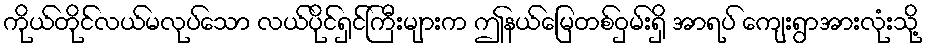
ကိုယ်တိုင်လယ်မလုပ်သော လယ်ပိုင်ရှင်ကြီးများက ဤနယ်မြေတစ်ဝှမ်းရှိ အာရပ် ကျေးရွာအားလုံးသို့